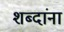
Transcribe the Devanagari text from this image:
शब्‍दांना